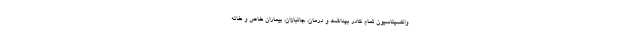
واکسیناسیون تمام کادر بهداشت و درمان، جانبازان، بیماران خاص و خانه